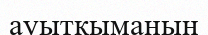
ауытқыманың